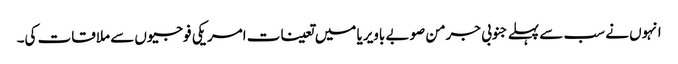
انہوں نے سب سے پہلے جنوبی جرمن صوبے باویریا میں تعینات امریکی فوجیوں سے ملاقات کی۔